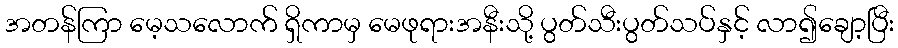
အတန်ကြာ မေ့သလောက် ရှိကာမှ မေဖုရားအနီးသို့ ပွတ်သီးပွတ်သပ်နှင့် လာ၍ချော့ပြီး